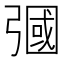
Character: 𢐚